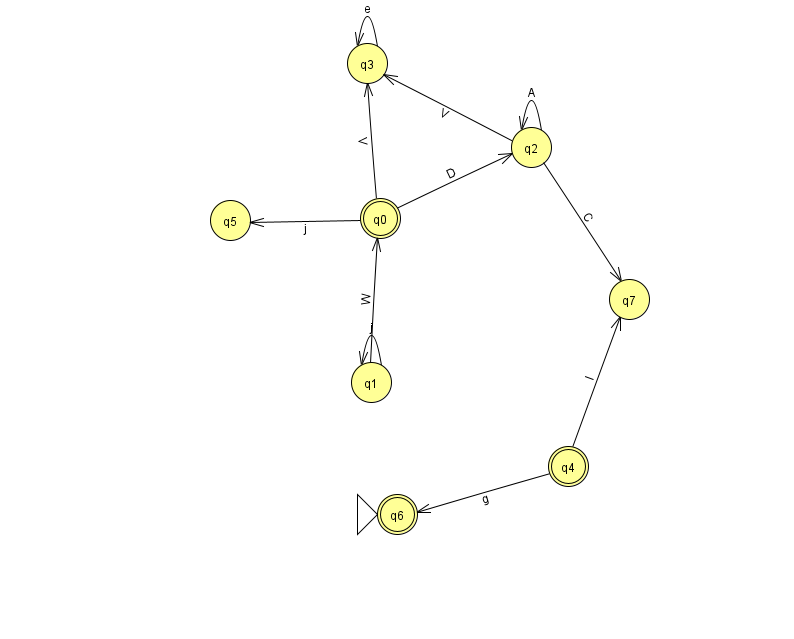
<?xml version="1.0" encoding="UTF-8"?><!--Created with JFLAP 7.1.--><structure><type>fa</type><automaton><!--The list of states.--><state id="0" name="q0"><x>380.0</x><y>205.0</y><final/></state><state id="1" name="q1"><x>371.0</x><y>369.0</y></state><state id="2" name="q2"><x>531.0</x><y>134.0</y></state><state id="3" name="q3"><x>367.0</x><y>50.0</y></state><state id="4" name="q4"><x>568.0</x><y>453.0</y><final/></state><state id="5" name="q5"><x>230.0</x><y>207.0</y></state><state id="6" name="q6"><x>397.0</x><y>501.0</y><initial/><final/></state><state id="7" name="q7"><x>629.0</x><y>286.0</y></state><!--The list of transitions.--><transition><from>2</from><to>2</to><read>A</read></transition><transition><from>2</from><to>3</to><read>V</read></transition><transition><from>0</from><to>5</to><read>j</read></transition><transition><from>4</from><to>7</to><read>l</read></transition><transition><from>3</from><to>3</to><read>e</read></transition><transition><from>1</from><to>1</to><read>j</read></transition><transition><from>4</from><to>6</to><read>g</read></transition><transition><from>0</from><to>3</to><read>V</read></transition><transition><from>1</from><to>0</to><read>W</read></transition><transition><from>0</from><to>2</to><read>D</read></transition><transition><from>2</from><to>7</to><read>C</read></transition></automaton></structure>